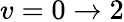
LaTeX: v=0\to 2